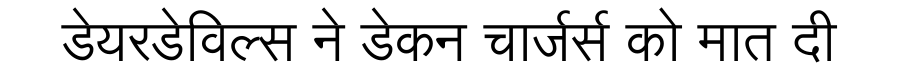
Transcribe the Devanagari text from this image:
डेयरडेविल्स ने डेकन चार्जर्स को मात दी